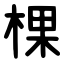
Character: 棵